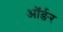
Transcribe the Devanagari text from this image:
ऑर्ङर